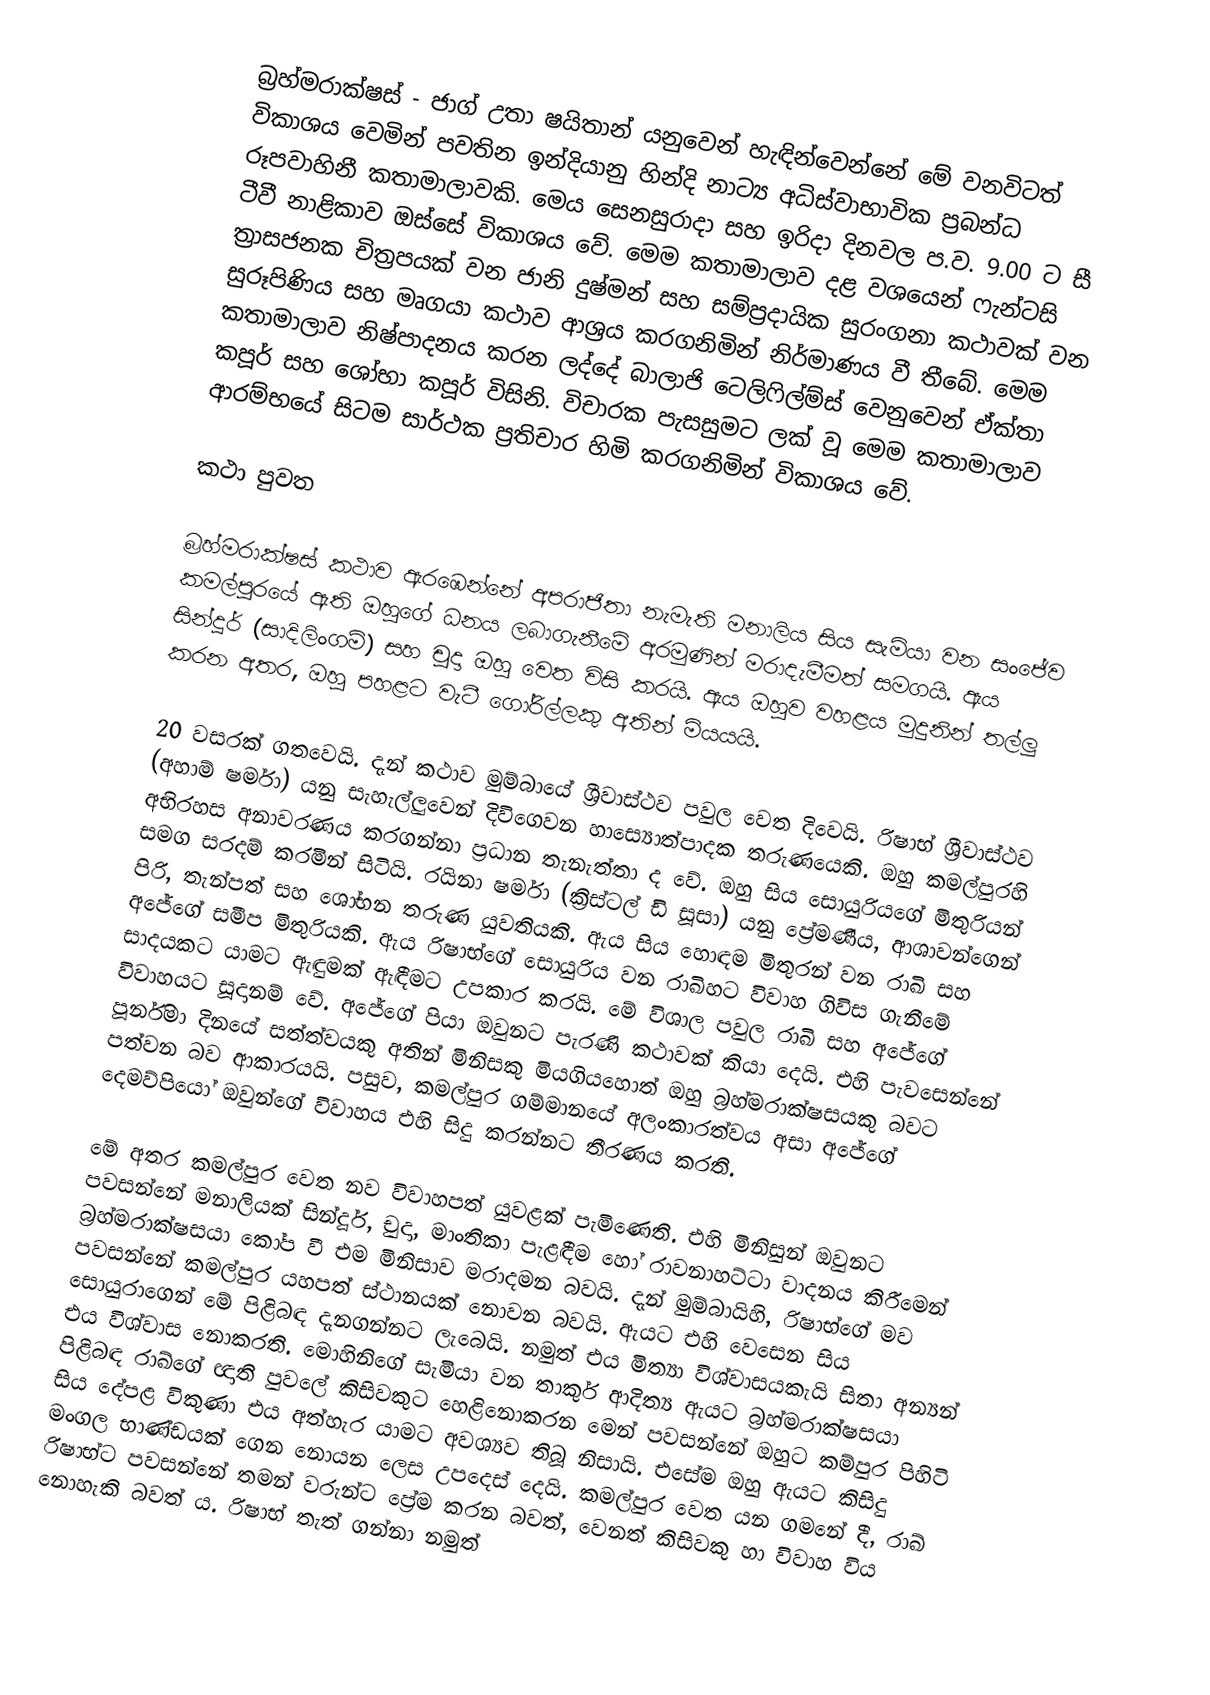
බ්‍රහ්මරාක්ෂස් - ජාග් උතා ෂයිතාන් යනුවෙන් හැඳින්වෙන්නේ මේ වනවිටත් විකාශය වෙමින් පවතින ඉන්දියානු හින්දි නාට්‍ය අධිස්වාභාවික ප්‍රබන්ධ රූපවාහිනී කතාමාලාවකි. මෙය සෙනසුරාදා සහ ඉරිදා දිනවල ප.ව. 9.00 ට සී ටීවී නාළිකාව ඔස්සේ විකාශය වේ. මෙම කතාමාලාව දළ වශයෙන් ෆැන්ටසි ත්‍රාසජනක චිත්‍රපයක් වන ජානි දුෂ්මන් සහ සම්ප්‍රදායික සුරංගනා කථාවක් වන සුරූපිණිය සහ මෘගයා කථාව ආශ්‍රය කරගනිමින් නිර්මාණය වී තීබේ. මෙම කතාමාලාව නිෂ්පාදනය කරන ලද්දේ බාලාජි ටෙලිෆිල්ම්ස් වෙනුවෙන් ඒක්තා කපූර් සහ ශෝභා කපූර් විසිනි. විචාරක පැසසුමට ලක් වූ මෙම කතාමාලාව ආරම්භයේ සිටම සාර්ථක ප්‍රතිචාර හිමි කරගනිමින් විකාශය වේ.

කථා පුවත

බ්‍රහ්මරාක්ෂස් කථාව ඇරඹෙන්නේ අපරාජිතා නැමැති මනාලිය සිය සැමියා වන සංජේව කමල්පුරයේ ඇති ඔහුගේ ධනය ලබාගැනීමේ අරමුණින් මරාදැමීමත් සමගයි. ඇය සින්දූර් (සාදිලිංගම්) සහ චුදා ඔහු වෙත විසි කරයි. ඇය ඔහුව වහළය මුදුනින් තල්ලු කරන අතර, ඔහු පහළට වැටී ගෝරිල්ලකු අතින් මියයයි.

20 වසරක් ගතවෙයි. දැන් කථාව මුම්බායේ ශ්‍රීවාස්ථව පවුල වෙත දිවෙයි. රිෂාභ් ශ්‍රීවාස්ථව (අහාම් ෂර්මා) යනු සැහැල්ලුවෙන් දිවිගෙවන හාස්‍යොත්පාදක තරුණයෙකි. ඔහු කමල්පුරහි අභිරහස අනාවරණය කරගන්නා ප්‍රධාන තැනැත්තා ද වේ. ඔහු සිය සොයුරියගේ මිතුරියන් සමග සරදම් කරමින් සිටියි. රයිනා ෂර්මා (ක්‍රිස්ටල් ඩි සූසා) යනු ප්‍රේමණීය, ආශාවන්ගෙන් පිරි, තැන්පත් සහ ශෝභන තරුණ යුවතියකි. ඇය සිය හොඳම මිතුරන් වන රාඛි සහ අජේගේ සමීප මිතුරියකි. ඇය රිෂාභ්ගේ සොයුරිය වන රාඛිහට විවාහ ගිවිස ගැනීමේ සාදයකට යාමට ඇඳුමක් ඇඳීමට උපකාර කරයි. මේ විශාල පවුල රාඛි සහ අජේගේ විවාහයට සූදානම් වේ. අජේගේ පියා ඔවුනට පැරණි කථාවක් කියා දෙයි. එහි පැවසෙන්නේ පූර්නිමා දිනයේ සත්ත්වයකු අතින් මිනිසකු මියගියහොත් ඔහු බ්‍රහ්මරාක්ෂසයකු බවට පත්වන බව ආකාරයයි. පසුව, කමල්පුර ගම්මානයේ අලංකාරත්වය අසා අජේගේ දෙමව්පියෝ ඔවුන්ගේ විවාහය එහි සිදු කරන්නට තීරණය කරති.

මේ අතර කමල්පුර වෙත නව විවාහපත් යුවළක් පැමිණෙති. එහි මිනිසුන් ඔවුනට පවසන්නේ මනාලියක් සින්දූර්, චුදා, මාංතිකා පැළඳීම හෝ රාවනාහට්ටා වාදනය කිරීමෙන් බ්‍රහ්මරාක්ෂසයා කෝප වී එම මිනිසාව මරාදමන බවයි. දැන් මුම්බායිහි, රිෂාභ්ගේ මව පවසන්නේ කමල්පුර යහපත් ස්ථානයක් නොවන බවයි. ඇයට එහි වෙසෙන සිය සොයුරාගෙන් මේ පිළිබඳ දැනගන්නට ලැබෙයි. නමුත් එය මිත්‍යා විශ්වාසයකැයි සිතා අන්‍යන් එය විශ්වාස නොකරති. මොහිනිගේ සැමියා වන තාකුර් ආදිත්‍ය ඇයට බ්‍රහ්මරාක්ෂසයා පිළිබඳ රාඛ්ගේ ඥාති පුවලේ කිසිවකුට හෙළිනොකරන මෙන් පවසන්නේ ඔහුට කම්පුර පිහිටි සිය දේපළ විකුණා එය අත්හැර යාමට අවශ්‍යව තිබූ නිසායි. එසේම ඔහු ඇයට කිසිදු මංගල භාණ්ඩයක් ගෙන නොයන ලෙස උපදෙස් දෙයි. කමල්පුර වෙත යන ගමනේ දී, රාඛ් රිෂාභ්ට පවසන්නේ තමන් වරුන්ට ප්‍රේම කරන බවත්, වෙනත් කිසිවකු හා විවාහ විය නොහැකි බවත් ය. රිෂාභ් තැත් ගන්නා නමුත්